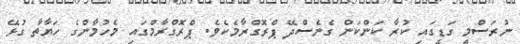
ނުރަސްމީ ގަޑީގައި ކުރާ ކަންކަން ގެނެސްދޭ ޕްރޮގްރާމެކެވެ. ޕްރޮގްރާމްގައި މެހުމާންގެ ހަޔާތާ ގުޅޭ